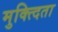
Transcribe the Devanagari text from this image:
मुक्त्दिता